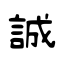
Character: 誠